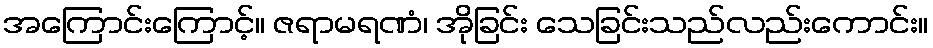
အကြောင်းကြောင့်။ ဇရာမရဏံ၊ အိုခြင်း သေခြင်းသည်လည်းကောင်း။